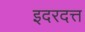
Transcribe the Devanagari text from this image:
इदरदत्त